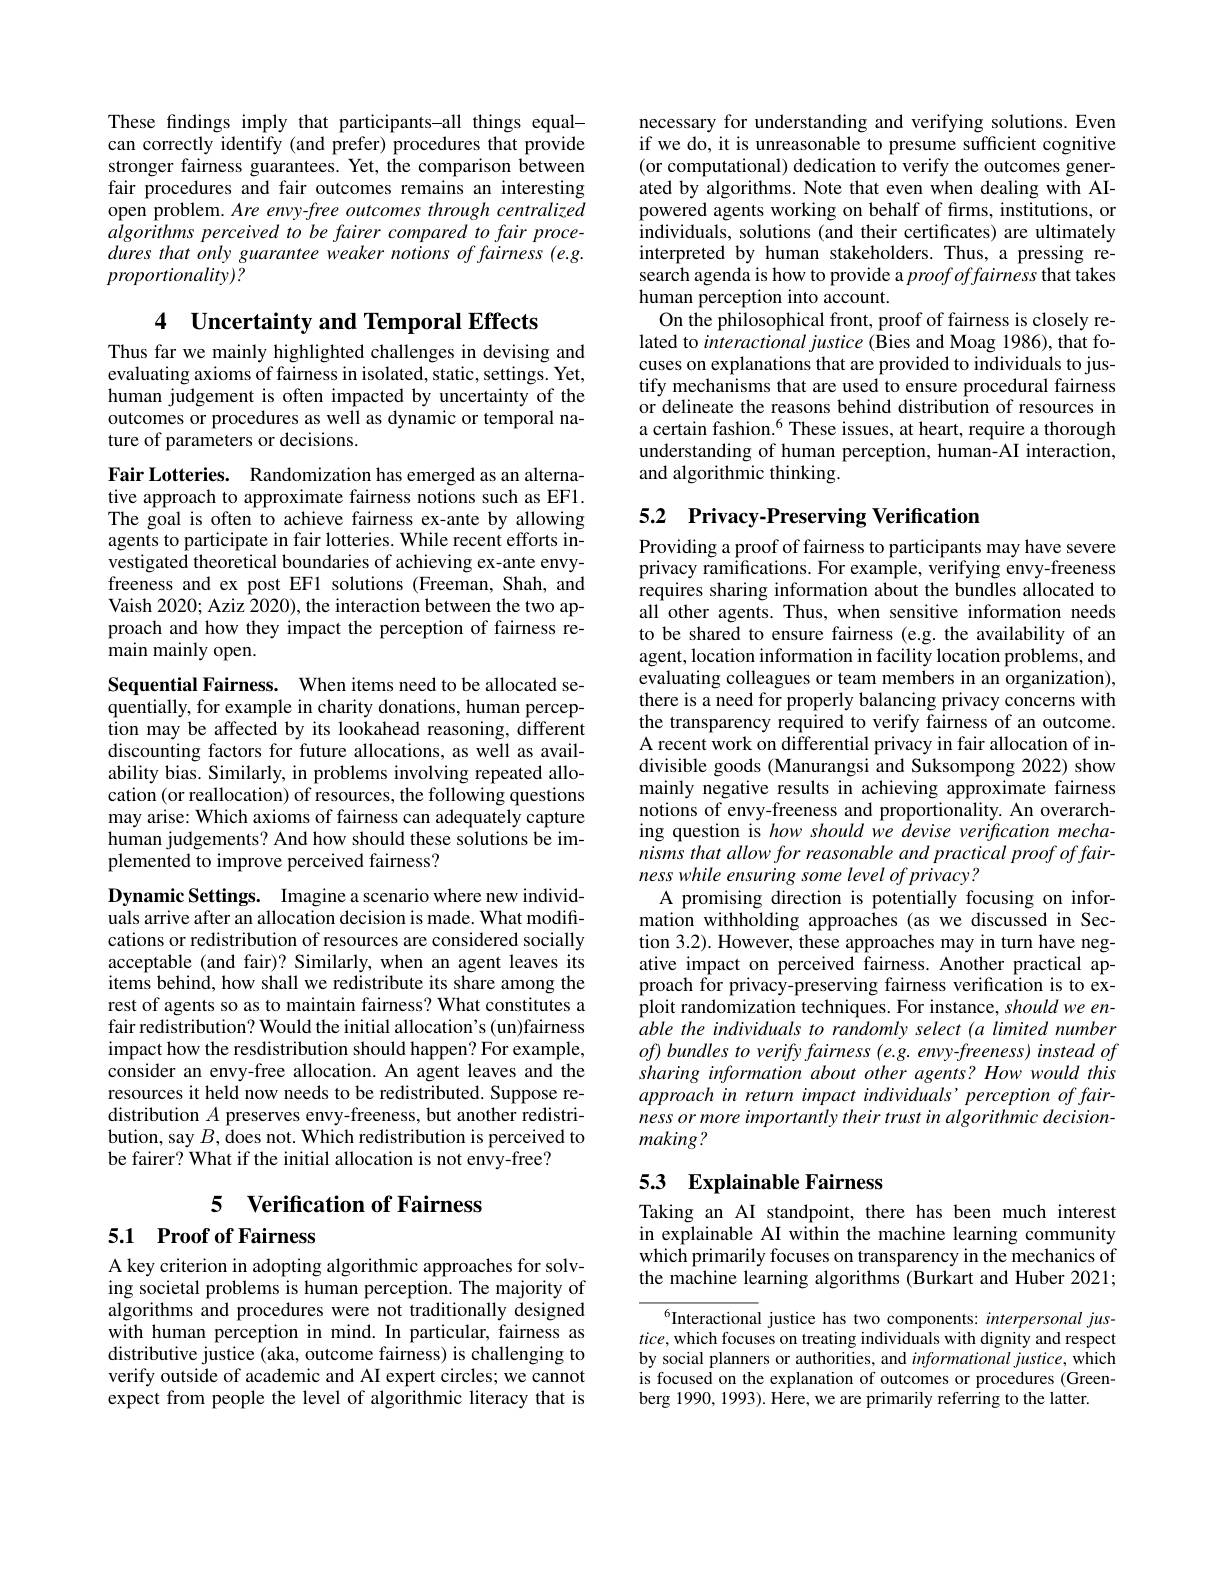
These fndings imply that participants-all things equalcan correctly identify (and prefer) procedures that provide stronger fairness guarantees. Yet, the comparison between fair procedures and fair outcomes remains an interesting open problem. Are envy-free outcomes through centralized algorithms perceived to be fairer compared to fair procedures that only guarantee weaker notions of fairness (e.g. proportionality)?

4 $\textbf{Uncertainty and Temporal Effects}$

Thus far we mainly highlighted challenges in devising and evaluating axioms of fairness in isolated, static, settings. Yet, human judgement is often impacted by uncertainty of the outcomes or procedures as well as dynamic or temporal nature of parameters or decisions.

Fair Lotteries. Randomization has emerged as an alternative approach to approximate fairness notions such as EF1. The goal is often to achieve fairness ex-ante by allowing agents to participate in fair lotteries. While recent efforts investigated theoretical boundaries of achieving ex-ante envyfreeness and ex post EF1 solutions (Freeman, Shah, and Vaish 2020; Aziz 2020), the interaction between the two approach and how they impact the perception of fairness remain mainly open.

Sequential Fairness. When items need to be allocated sequentially, for example in charity donations, human perception may be affected by its lookahead reasoning, different discounting factors for future allocations, as well as availability bias. Similarly, in problems involving repeated allocation (or reallocation) of resources, the following questions may arise: Which axioms of fairness can adequately capture human judgements? And how should these solutions be implemented to improve perceived fairness?

Dynamic Settings. Imagine a scenario where new individuals arrive after an allocation decision is made. What modifications or redistribution of resources are considered socially acceptable (and fair)? Similarly, when an agent leaves its items behind, how shall we redistribute its share among the rest of agents so as to maintain fairness? What constitutes a fair redistribution? Would the initial allocation's (un)fairness impact how the resdistribution should happen? For example, consider an envy-free allocation. An agent leaves and the resources it held now needs to be redistributed. Suppose redistribution $A$ preserves envy-freeness, but another redistribution, say $B$, does not. Which redistribution is perceived to be fairer? What if the initial allocation is not envy-free?

# 5 Verification of Fairness

## 5.1 Proof of Fairness

A key criterion in adopting algorithmic approaches for solving societal problems is human perception. The majority of algorithms and procedures were not traditionally designed with human perception in mind. In particular, fairness as distributive justice (aka, outcome fairness) is challenging to verify outside of academic and AI expert circles; we cannot expect from people the level of algorithmic literacy that is

necessary for understanding and verifying solutions. Even if we do, it is unreasonable to presume sufficient cognitive (or computational) dedication to verify the outcomes generated by algorithms. Note that even when dealing with AIpowered agents working on behalf of firms, institutions, or individuals, solutions (and their certificates) are ultimately interpreted by human stakeholders. Thus, a pressing research agenda is how to provide a proofoffairness that takes human perception into account.
On the philosophical front, proof of fairness is closely related to interactional justice (Bies and Moag 1986), that focuses on explanations that are provided to individuals to justify mechanisms that are used to ensure procedural fairness or delineate the reasons behind distribution of resources in a certain fashion.$^{6}$ These issues, at heart, require a thorough understanding of human perception, human-AI interaction, and algorithmic thinking.

# 5.2 Privacy-Preserving Verification

Providing a proof of fairness to participants may have severe privacy ramifications. For example, verifying envy-freeness requires sharing information about the bundles allocated to all other agents. Thus, when sensitive information needs to be shared to ensure fairness (e.g. the availability of an agent, location information in facility location problems, and evaluating colleagues or team members in an organization), there is a need for properly balancing privacy concerns with the transparency required to verify fairness of an outcome. A recent work on differential privacy in fair allocation of indivisible goods (Manurangsi and Suksompong 2022) show mainly negative results in achieving approximate fairness notions of envy-freeness and proportionality. An overarching question is how should we devise verification mechanisms that allow for reasonable and practical proof of fairness while ensuring some level of privacy?
A promising direction is potentially focusing on information withholding approaches (as we discussed in Section 3.2). However, these approaches may in turn have negative impact on perceived fairness. Another practical approach for privacy-preserving fairness verification is to exploit randomization techniques. For instance, should we enable the individuals to randomly select (a limited number $of)$ bundles to verify fairness (e.g. envy-freeness) instead of sharing information about other agents? How would this approach in return impact individuals' perception of fairness or more importantly their trust in algorithmic decisionmaking ?

# 53 Explainable Fairness

Taking an AI standpoint, there has been much interest in explainable AI within the machine learning community which primarily focuses on transparency in the mechanics of the machine learning algorithms (Burkart and Huber 2021;

$^{6}$Interactional justice has two components: interpersonal jus- $tice$, which focuses on treating individuals with dignity and respect by social planners or authorities, and $informationaljustice$, which is focused on the explanation of outcomes or procedures (Greenberg 1990, 1993). Here, we are primarily referring to the latter.